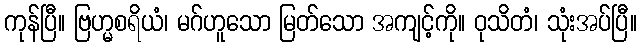
ကုန်ပြီ။ ဗြဟ္မစရိယံ၊ မဂ်ဟူသော မြတ်သော အကျင့်ကို။ ဝုသိတံ၊ သုံးအပ်ပြီ။